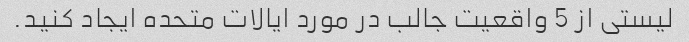
لیستی از 5 واقعیت جالب در مورد ایالات متحده ایجاد کنید.